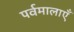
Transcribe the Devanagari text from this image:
पर्वमालाएँ